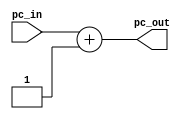
`timescale 1ns / 1ps

//To increment the program counter
//16CS10058 Lovish Chopra
//16CS10057 Himanshu Mundhra

module PC_incrementor(
    input [9:0] pc_in,
    output [9:0] pc_out
    );

assign pc_out=pc_in+10'b0000000001;  //simply add 1

endmodule